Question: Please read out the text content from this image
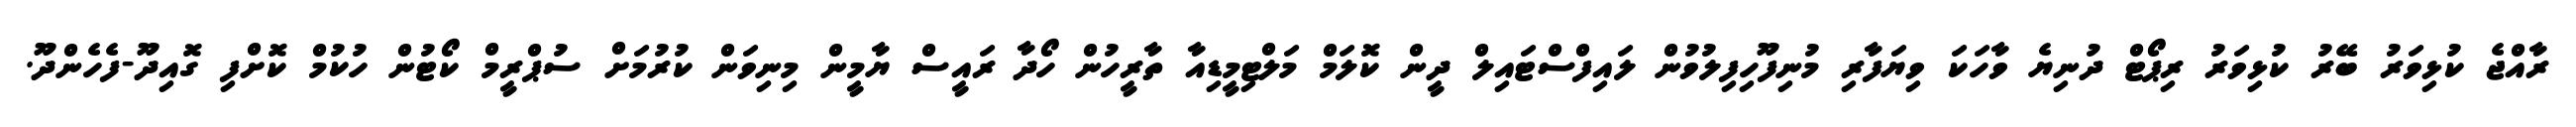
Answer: ރާއްޖެ ކުޅިވަރު ބޭރު ކުޅިވަރު ރިޕޯޓް ދުނިޔެ ވާހަކަ ވިޔަފާރި މުނިފޫހިފިލުވުން ލައިފްސްޓައިލް ދީން ކޮލަމް މަލްޓިމީޑިއާ ތާރީހުން ހޯދާ ރައީސް ޔާމީން މިނިވަން ކުރުމަށް ސުޕްރީމް ކޯޓުން ހުކުމް ކޮށްފި ގޮއިދޫ-ފެހެންދޫ.